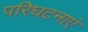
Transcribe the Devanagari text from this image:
परिघटनाएं